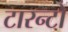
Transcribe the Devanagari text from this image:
टारन्टो